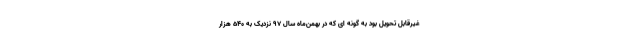
غيرقابل تحويل بود به گونه ای که در بهمن‌ماه سال ۹۷ نزدیک به ۵۴۰ هزار